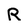
Character: R